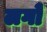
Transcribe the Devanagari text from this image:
लगों